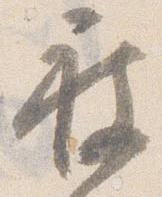
被